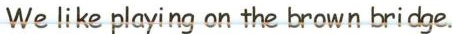
We like playing on the brown bridge.